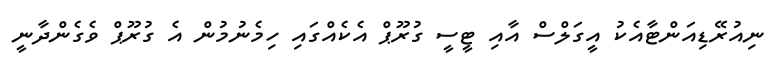
ނިއުރޭޑިއަންޓާއެކު އީގަލްސް އާއި ޓީސީ ގުރޫޕް އެކެއްގައި ހިމެނުމުން އެ ގުރޫޕް ވެގެންދާނީ